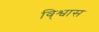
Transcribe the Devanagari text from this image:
वि्श्वास